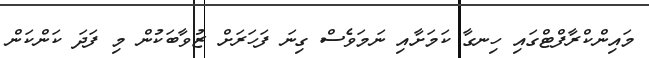
މައިންކްރާފްޓްގައި ހިނގާ ކަމަށާއި ނަމަވެސް ގިނަ ފަހަރަށް ޒުވާބަކުން މި ފަދަ ކަންކަން